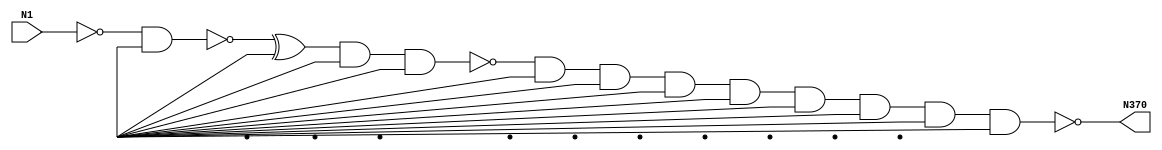
module singlepath (N1, N370);
input N1;
output N370;
wire N360, N357, N348, N300, N263, N242, N199, N154, N260, N224, N118, Vcc, gnd;
not NOT1_1(N118, N1);
nand NAND2_19(N154, N118, Vcc);
and AND9_46(N199, N154, Vcc, Vcc, Vcc, Vcc, Vcc, Vcc, Vcc, Vcc);
xor XOR2_50(N224, N154, Vcc);
nand NAND2_56(N242, N1, Vcc);
nand NAND2_68(N260, N224, Vcc);
nand NAND2_69(N263, N224, Vcc);
not NOT1_87(N300, N263);
nand NAND2_117(N348, N300, Vcc);
and AND9_126(N357, N348, Vcc, Vcc, Vcc, Vcc, Vcc, Vcc, Vcc, Vcc);
not NOT1_127(N360, N357);
not NOT1_128(N370, N357);

endmodule